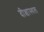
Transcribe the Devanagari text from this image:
दीक्षास्थल